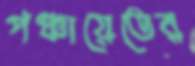
পঞ্চায়েতের